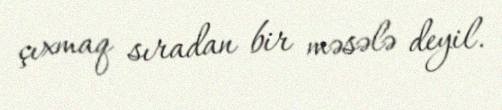
çıxmaq sıradan bir məsələ deyil.